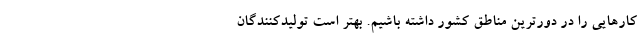
کارهایی را در دورترین مناطق کشور داشته باشیم. بهتر است تولیدکنندگان